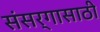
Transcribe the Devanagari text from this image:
संसर्गासाठी